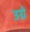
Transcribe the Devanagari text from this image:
उग्रे